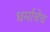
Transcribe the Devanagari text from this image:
धर्माचेच